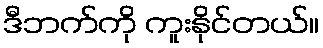
ဒီဘက်ကို ကူးနိုင်တယ်။